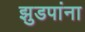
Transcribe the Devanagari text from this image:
झुडपांना